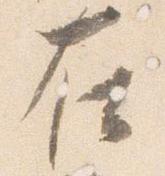
在